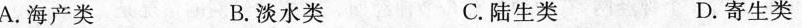
A.海产类B.淡水类C.陆生类D.寄生类